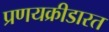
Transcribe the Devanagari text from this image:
प्रणयक्रीडारत